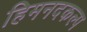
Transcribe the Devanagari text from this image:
हिमनदकल्प